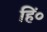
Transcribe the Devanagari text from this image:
हिं०